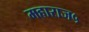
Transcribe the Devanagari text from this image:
महाराज५